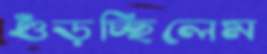
গুঁড়চ্ছিলেম